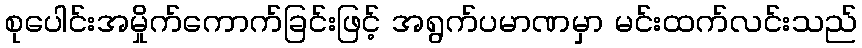
စုပေါင်းအမှိုက်ကောက်ခြင်းဖြင့် အရွက်ပမာဏမှာ မင်းထက်လင်းသည်